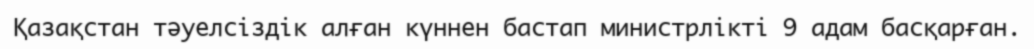
Қазақстан тәуелсіздік алған күннен бастап министрлікті 9 адам басқарған.